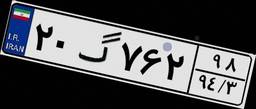
۲۰گ۷۶۲۹۸